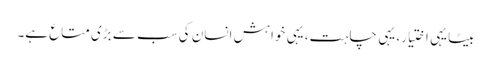
بیٹا یہی اختیار، یہی چاہت، یہی خواہش انسان کی سب سے بڑی متاع ہے۔